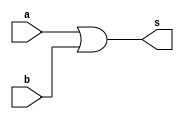

 // ------------------------- 
// Exemplo0031 - F4 
// Nome: Gustavo Jota Resende
// ------------------------- 
// ------------------------- 
// f4_gate 
// ------------------------- 
module f4 (output [3:0] s, 
input [3:0] a, 
input [3:0] b); 
assign s = (a | b);
endmodule // f4 
module f3 (output [3:0] s2, 
input [3:0] c, 
input [3:0] d); 
 assign s1 = (c & d); 
	endmodule // f3 
module test_f4; 
// ------------------------- definir dados 
reg [3:0] x; 
reg [3:0] y; 
wire [3:0] z; 
wire [3:0] k;
f4 modulo (z, x, y); 
f3 modoom (k, x, y); 
// ------------------------- parte principal 
initial begin 
$display("Exemplo0031 - Gustavo Jota Resende - 427413"); 
$display("Test LU's module"); 
x = 4'b0011; y = 4'b0101; 

// projetar testes do modulo 
#1 $display("%b & %b = %b", x, y, k);
#1 $display("%b | %b = %b", x, y, z); 

end 
endmodule // test_f4